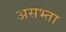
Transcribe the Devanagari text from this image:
असभ्ता